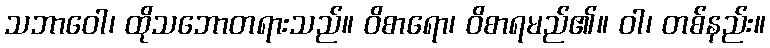
သဘာဝေါ၊ ထိုသဘောတရားသည်။ ဝိစာရော၊ ဝိစာရမည်၏။ ဝါ၊ တစ်နည်း။